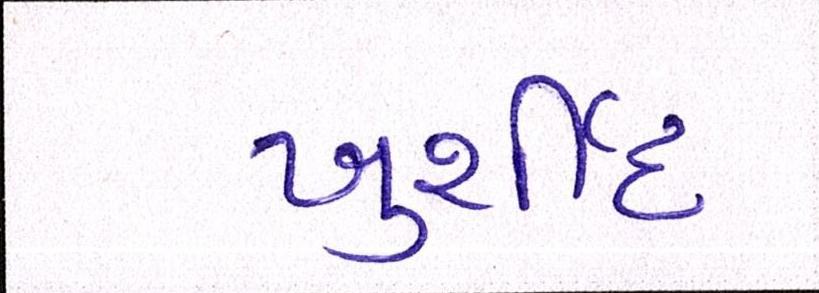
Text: ખુર્શીદ